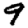
Digit: 9